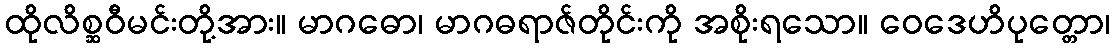
ထိုလိစ္ဆဝီမင်းတို့အား။ မာဂဓော၊ မာဂဓရာဇ်တိုင်းကို အစိုးရသော။ ဝေဒေဟိပုတ္တော၊